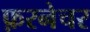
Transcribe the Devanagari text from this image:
फ़रनेचर